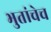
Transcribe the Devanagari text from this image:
भुतांचेच